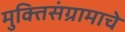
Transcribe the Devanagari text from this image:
मुक्तिसंग्रामाचे